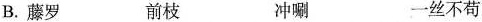
B.藤罗 前枝 冲唰 一丝不苟